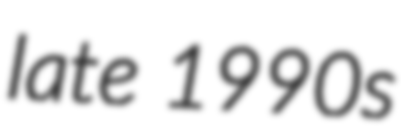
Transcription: late 1990s